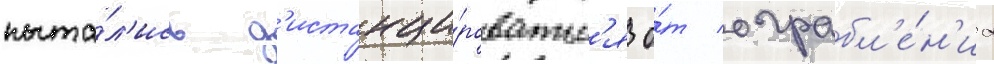
пыта́л'ись д'истанци́роватьс'я о́т ограбл'е́н'иа